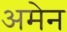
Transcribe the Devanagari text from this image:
अमेन